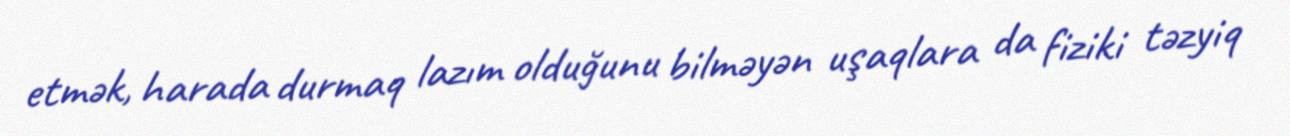
etmək, harada durmaq lazım olduğunu bilməyən uşaqlara da fiziki təzyiq